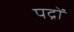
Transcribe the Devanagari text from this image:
पद्रों